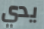
يدي